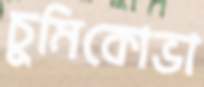
চুমিকোভা